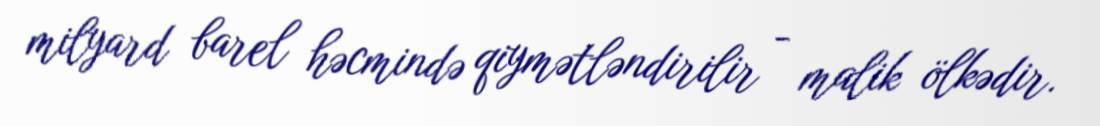
milyard barel həcmində qiymətləndirilir - malik ölkədir.